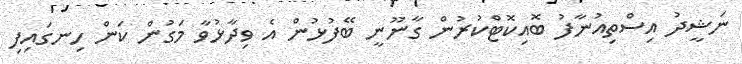
ނަޝީދު އިސްތިއުނާފު ބޮއިކޮޓްކުރުން ގާނޫނީ ބޭފުޅުން އެ ވިދާޅުވާ މަގުން ކަން ހިނގައިފި